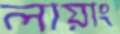
লায়াং